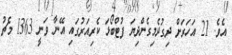
އެވެ. 21 އަހަރަށް ދިގުދެމިގެންދިޔަ ފުޓްބޯޅަ ކެރިއަރުގައި އޭނާ ވަނީ 1363 މެޗު